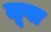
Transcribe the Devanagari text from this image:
लूबा